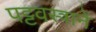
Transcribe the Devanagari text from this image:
पट्टवस्त्रानें